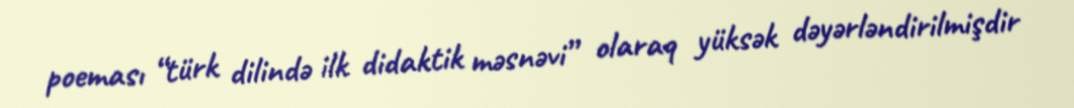
poeması “türk dilində ilk didaktik məsnəvi” olaraq yüksək dəyərləndirilmişdir